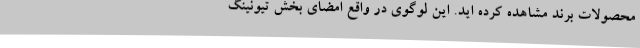
محصولات برند مشاهده کرده اید. این لوگوی در واقع امضای بخش تیونینگ